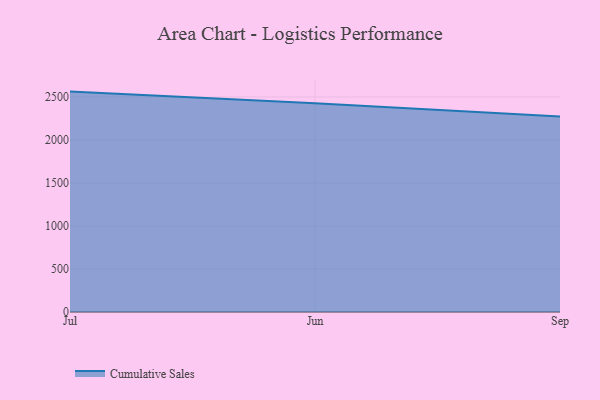
{"axis": {"x": "Month", "y": "Production Output"}, "legend": ["Cumulative Sales"], "data": [{"x": "Jul", "y": 2562.3, "type": "Cumulative Sales"}, {"x": "Jun", "y": 2427.4, "type": "Cumulative Sales"}, {"x": "Sep", "y": 2272.6, "type": "Cumulative Sales"}]}